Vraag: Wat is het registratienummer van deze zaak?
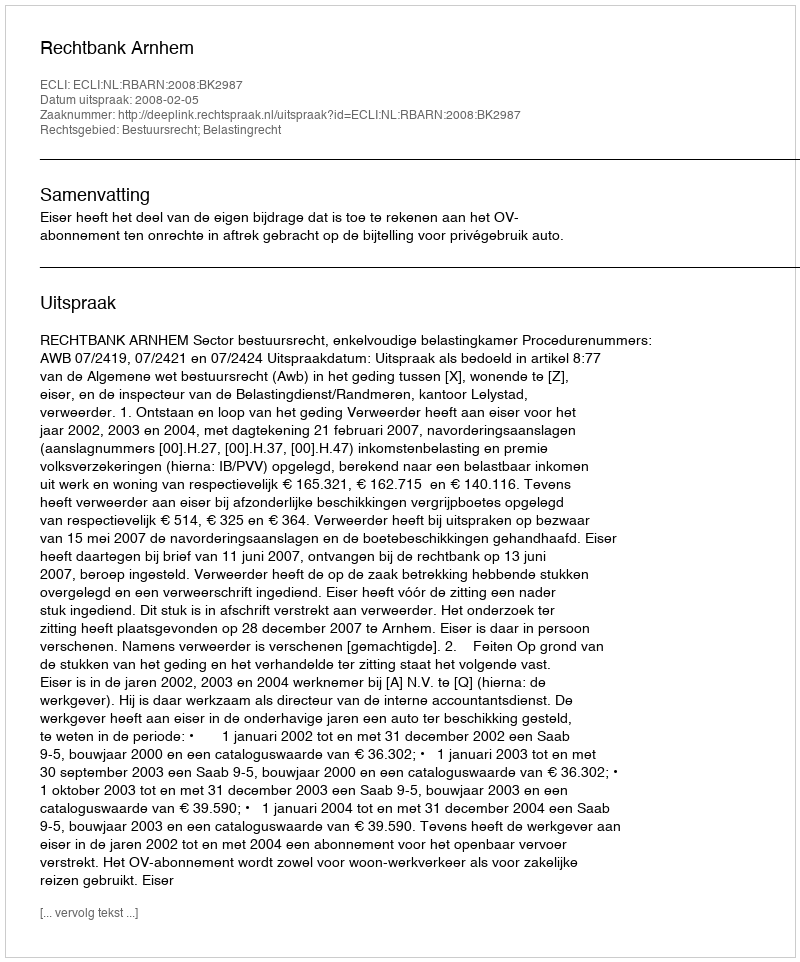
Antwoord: http://deeplink.rechtspraak.nl/uitspraak?id=ECLI:NL:RBARN:2008:BK2987